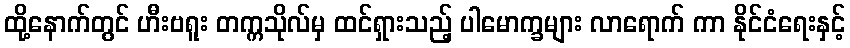
ထို့နောက်တွင် ဟီးဗရူး တက္ကသိုလ်မှ ထင်ရှားသည့် ပါမောက္ခများ လာရောက် ကာ နိုင်ငံရေးနှင့်